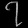
Digit: ၇